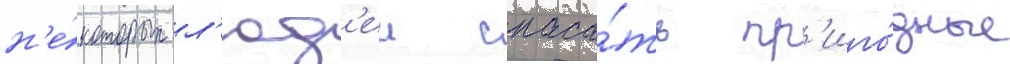
н'е́которых л'юд'еи спаса́ть пр'иго́дные